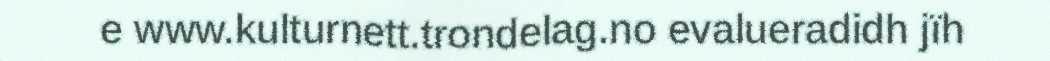
e www.kulturnett.trondelag.no evalueradidh jïh